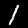
Digit: 1